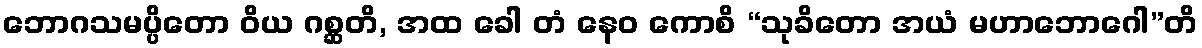
ဘောဂသမပ္ပိတော ဝိယ ဂစ္ဆတိ, အထ ခေါ တံ နေဝ ကောစိ “သုခိတော အယံ မဟာဘောဂေါ”တိ